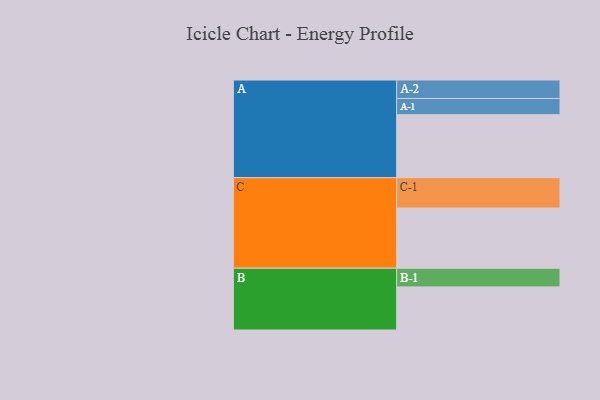
{"axis": {"x": "Segment", "y": "Value"}, "legend": ["", "A", "B", "C"], "data": [{"x": "A", "y": 576, "type": ""}, {"x": "B", "y": 394, "type": ""}, {"x": "C", "y": 550, "type": ""}, {"x": "A-1", "y": 148, "type": "A"}, {"x": "A-2", "y": 169, "type": "A"}, {"x": "B-1", "y": 171, "type": "B"}, {"x": "C-1", "y": 278, "type": "C"}]}